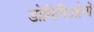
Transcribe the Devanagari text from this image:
डोमिनिओनों